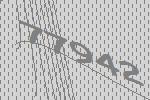
77942